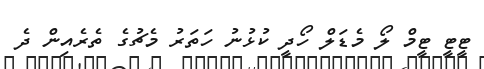
ޓީޓީ ޓީމް ލޯ މެޑަލް ހޯދީ ކުޅުނު ހަތަރު މެޗުގެ ތެރެއިން ދެ